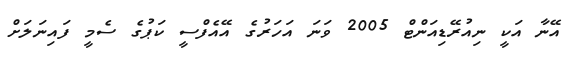
އޭނާ އަކީ ނިއުރޭޑިއަންޓް 2005 ވަނަ އަހަރުގެ އޭއެފްސީ ކަޕުގެ ސެމީ ފައިނަލަށް